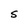
Character: S